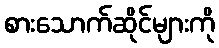
စားသောက်ဆိုင်များကို